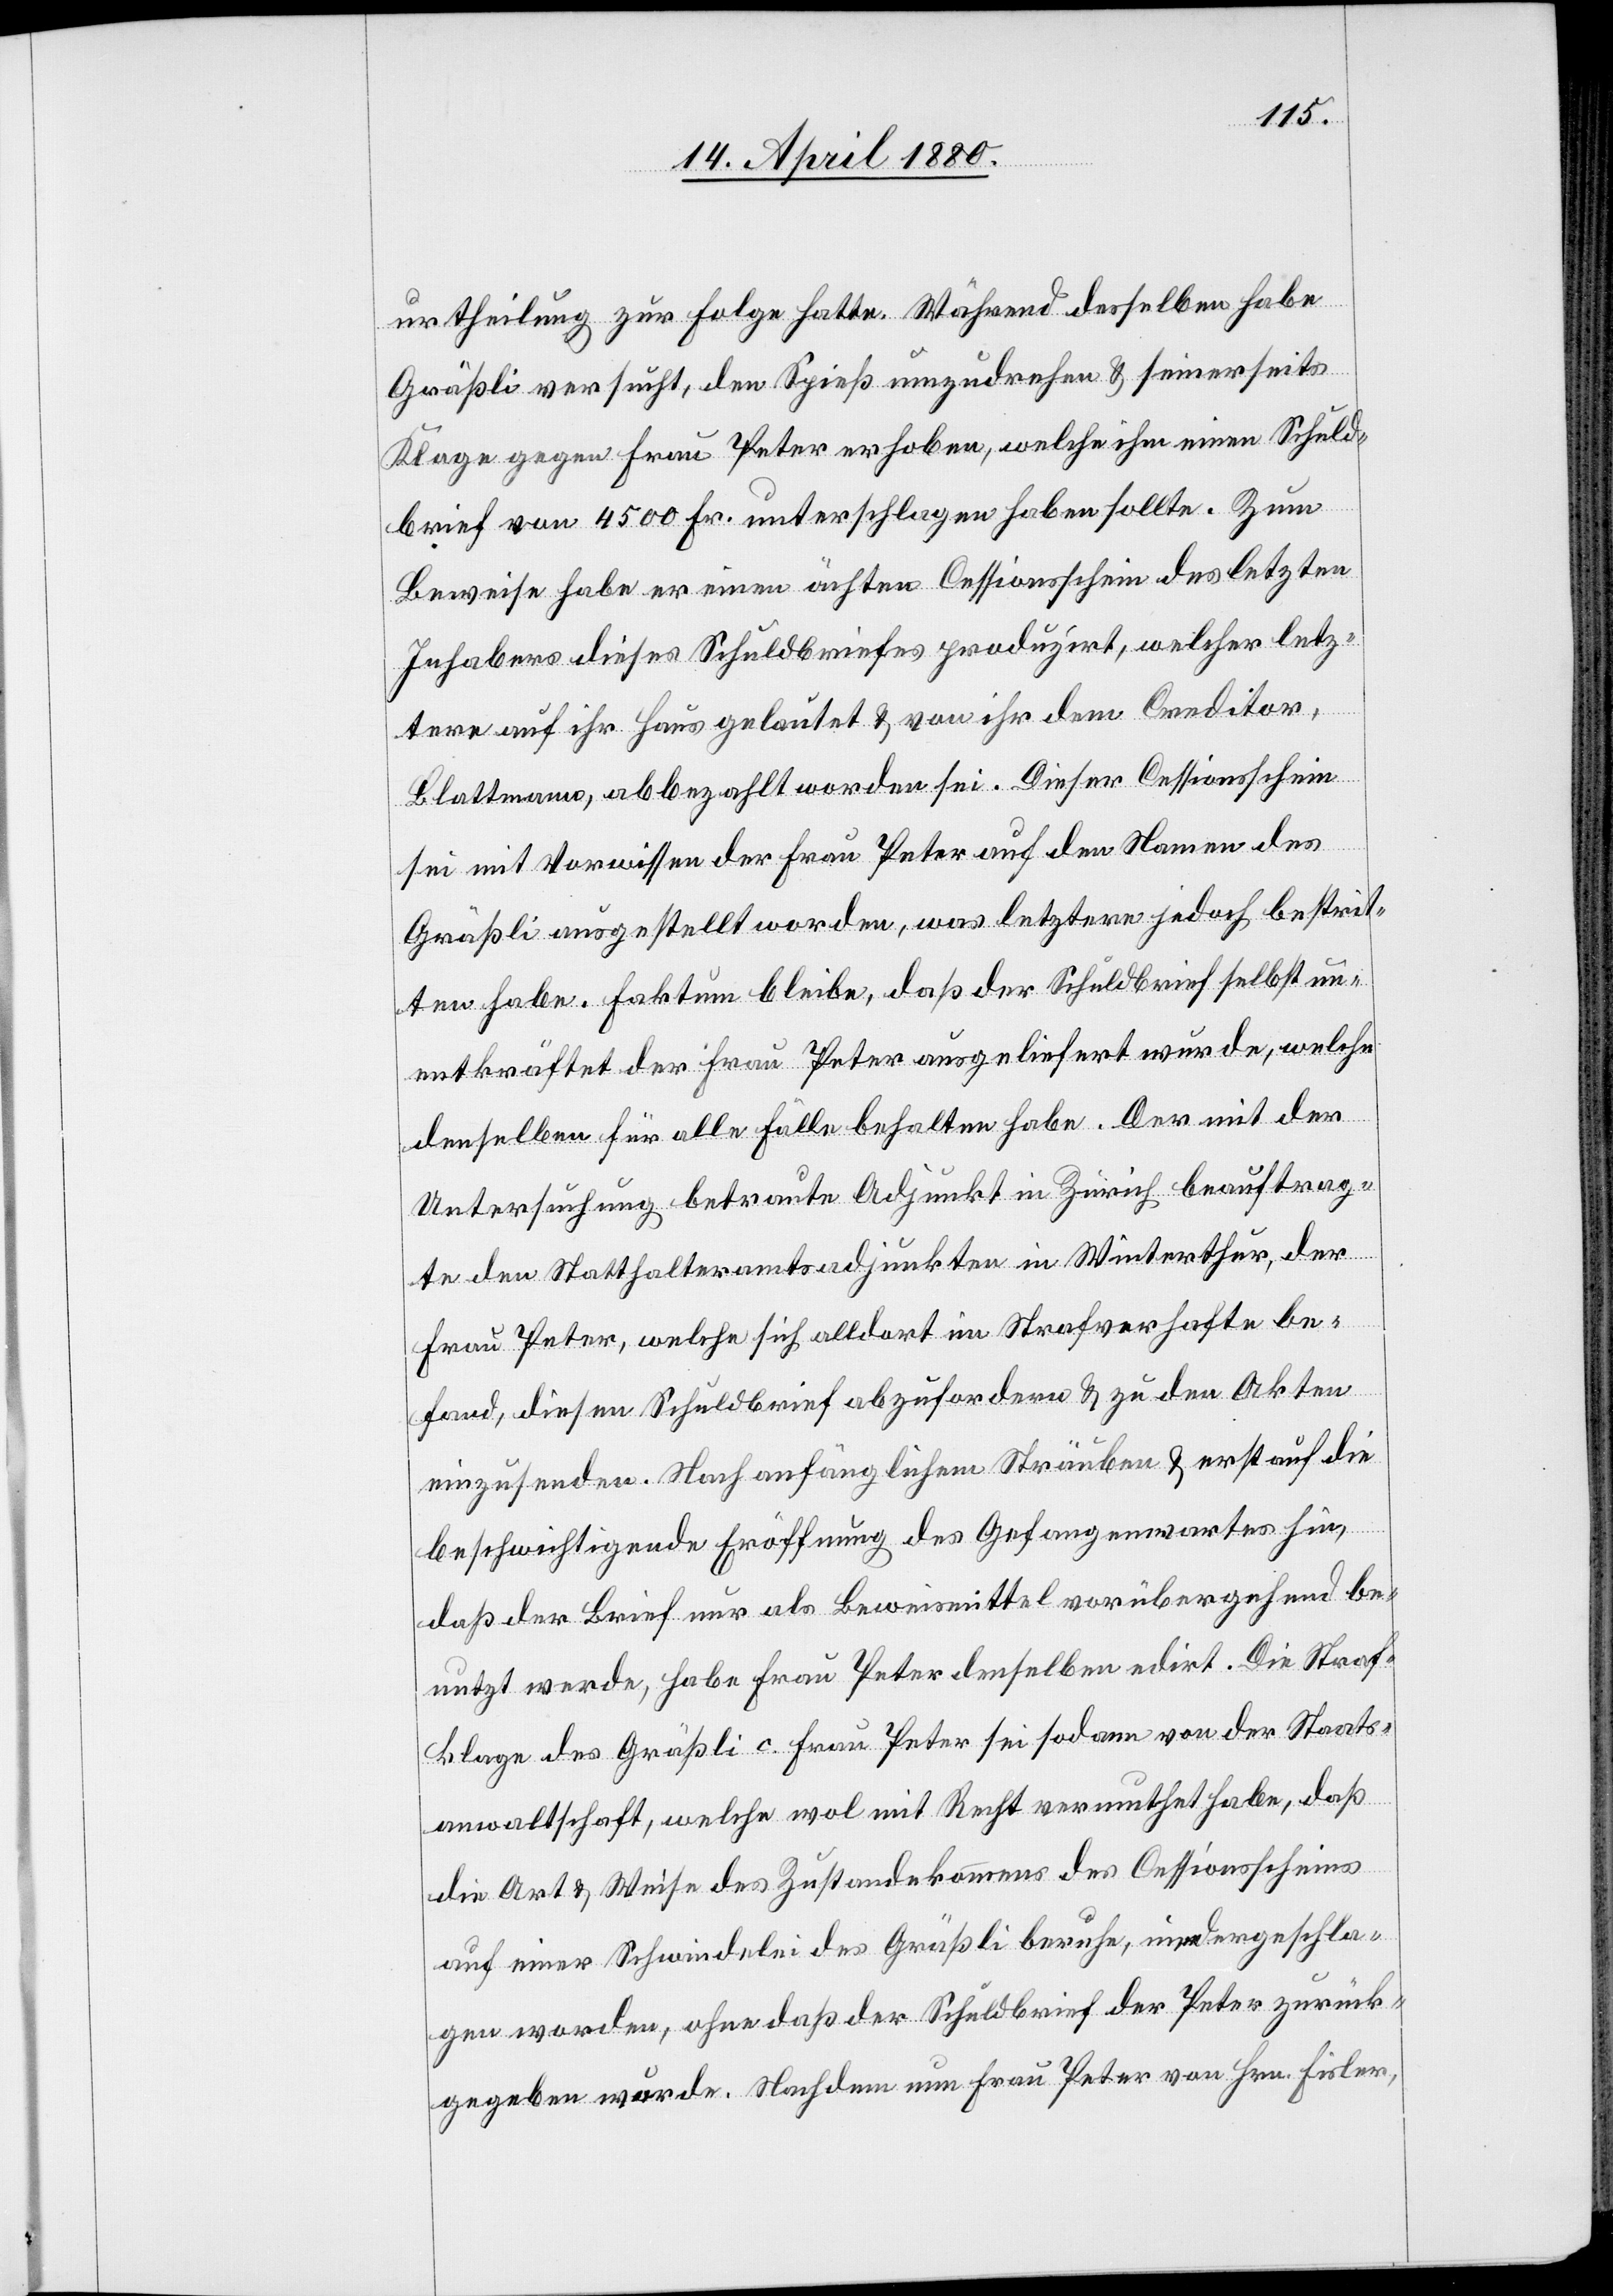
urtheilung zur Folge hatte. Während desselben habe
Gräßli versucht, den Spieß umzudrehen & seinerseits
Klage gegen Frau Peter erhoben, welche ihm einen Schuld¬
brief von 4500 Fr. unterschlagen haben sollte. Zum
Beweise habe er einen ächten Cessionsschein des letzten
Inhabers dieses Schuldbriefes produzirt, welcher letz¬
tere auf ihr Haus gelautet & von ihr dem Creditor,
Blattmann, abbezahlt worden sei. Dieser Cessionsschein
sei mit Vorwissen der Frau Peter auf den Namen des
Gräßli ausgestellt worden, was letztere jedoch bestrit¬
ten habe. Faktum bleibe, daß der Schuldbrief selbst un¬
entkräftet der Frau Peter ausgeliefert wurde, welche
denselben für alle Fälle behalten habe. Der mit der
Untersuchung betraute Adjunkt in Zürich beauftrag¬
te den Statthalteramtsadjunkten in Winterthur, der
Frau Peter, welche sich alldort im Strafverhafte be¬
fand, diesen Schuldbrief abzufordern & zu den Akten
einzusenden. Nach anfänglichem Sträuben & erst auf die
beschwichtigende Eröffnung des Gefangenwartes hin,
daß der Brief nur als Beweismittel vorübergehend be¬
nutzt werde, habe Frau Peter denselben edirt. Die Straf¬
klage des Gräßli c. Frau Peter sei sodann von der Staats¬
anwaltschaft, welche wol mit Recht vermuthet habe, daß
die Art & Weise des Zustandekommens des Cessionsscheines
auf einer Schwindelei des Gräßli beruhe, niedergeschla¬
gen worden, ohne daß der Schuldbrief der Peter zurück¬
gegeben wurde. Nachdem nun Frau Peter von Hrn. Fisler,